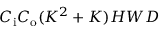
C _ { \mathrm { i } } C _ { \mathrm { o } } ( K ^ { 2 } + K ) H W D